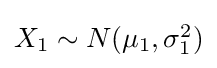
{\textstyle X_{1}\sim N(\mu _{1},\sigma _{1}^{2})}